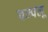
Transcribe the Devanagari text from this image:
चम्पलू